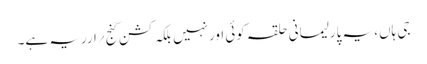
جی ہاں، یہ پارلیمانی حلقہ کوئی اورنہیں بلکہ کشن گنج ؍ارریہ ہے۔